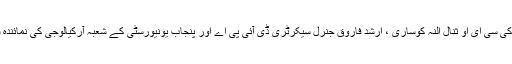
وفد میں ڈیزائن کو کی سی ای او ثنال النہ کوساری ، ارشد فاروق جنرل سیکرٹری ڈی آئی پی اے اور پنجاب یونیورسٹی کے شعبہ آرکیالوجی کی نمائندہ شاہ بانو شامل تھیں۔